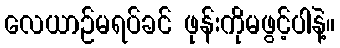
လေယာဉ်မရပ်ခင် ဖုန်းကိုမဖွင့်ပါနဲ့။